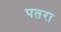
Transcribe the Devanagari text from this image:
पतरा